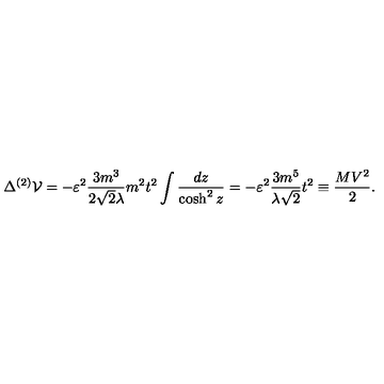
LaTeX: \Delta ^ { ( 2 ) } { \cal V } = - \varepsilon ^ { 2 } \frac { 3 m ^ { 3 } } { 2 { \sqrt { 2 } } \lambda } m ^ { 2 } t ^ { 2 } \int \frac { d z } { \cosh ^ { 2 } z } = - \varepsilon ^ { 2 } \frac { 3 m ^ { 5 } } { \lambda { \sqrt 2 } } t ^ { 2 } \equiv \frac { M V ^ { 2 } } { 2 } .